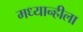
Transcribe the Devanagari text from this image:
मध्यान्हीला